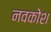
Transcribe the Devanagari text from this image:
नवकोश